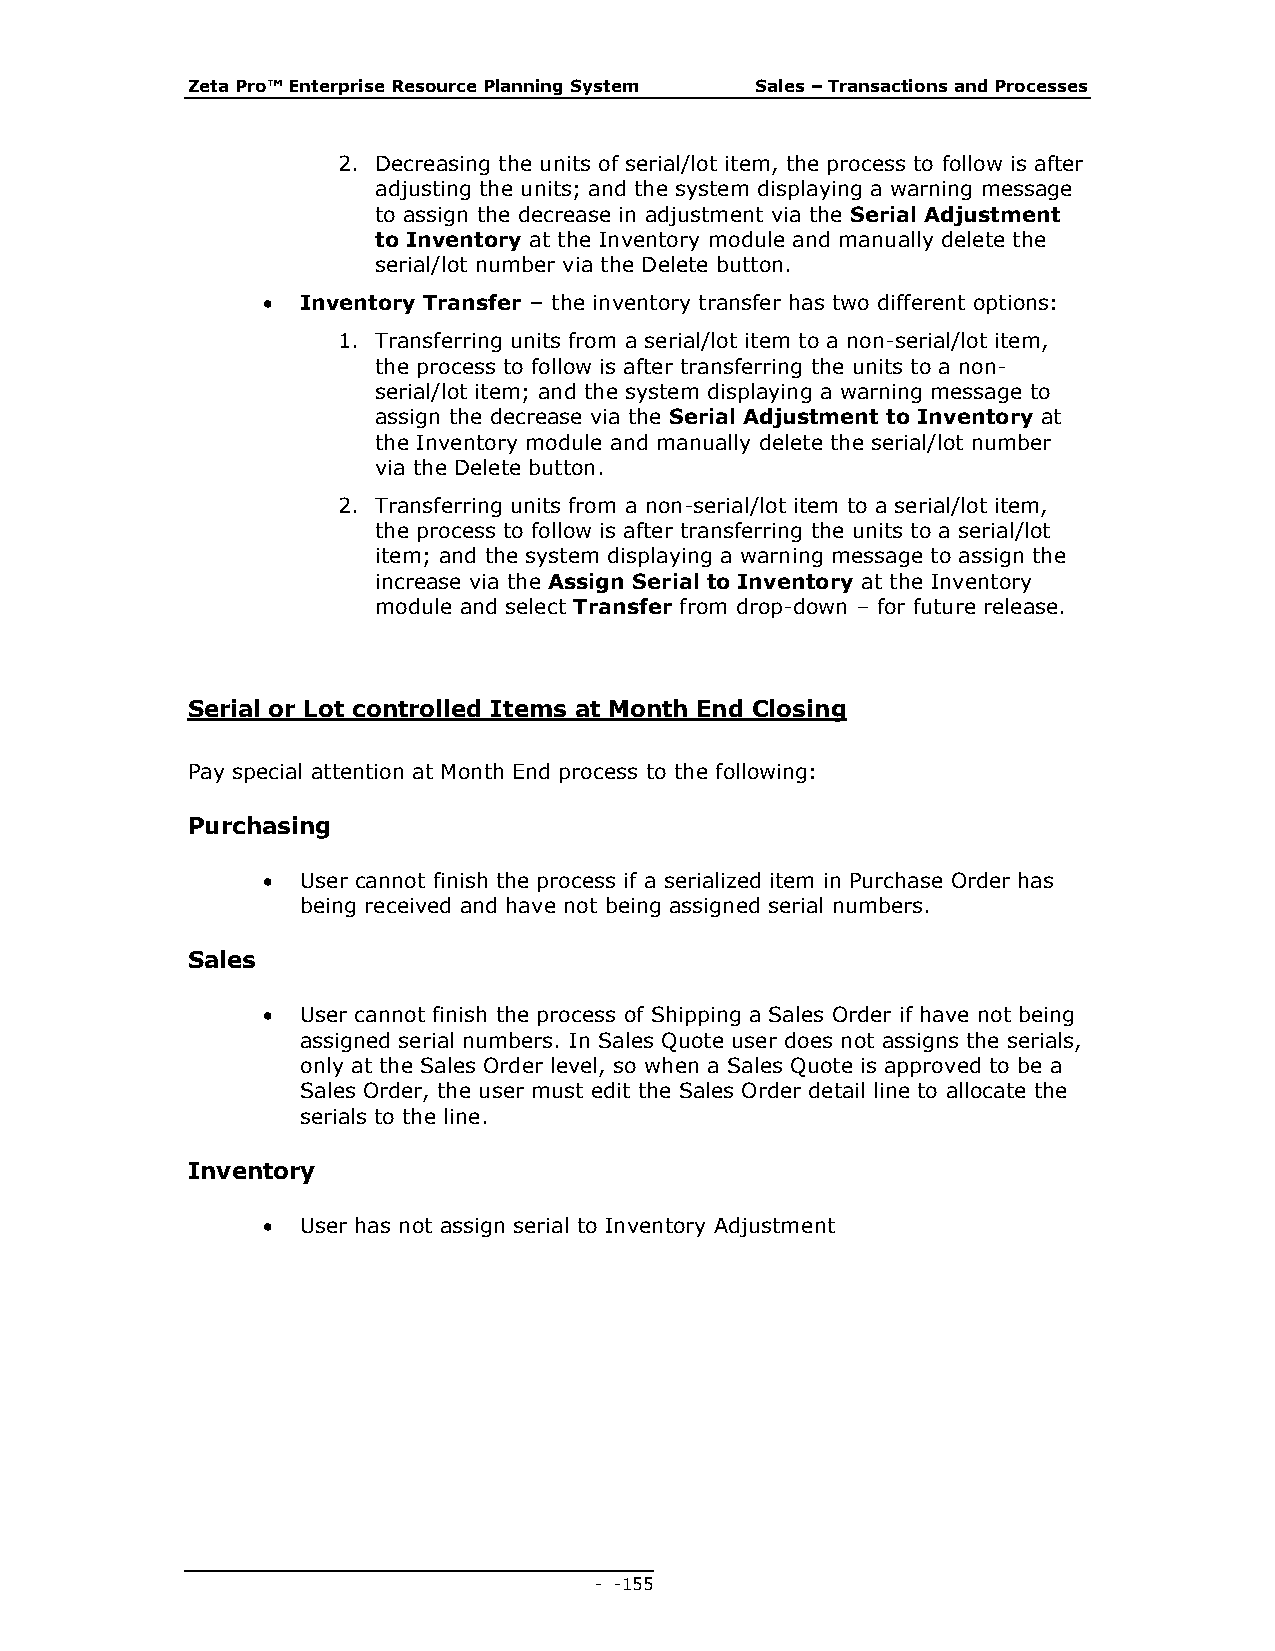
Zeta Pro™ Enterprise Resource Planning System Sales – Transactions and Processes
 2. Decreasing the units of serial/lot item, the process to follow is after
 adjusting the units; and the system displaying a warning message
 to assign the decrease in adjustment via the Serial Adjustment
 to Inventory at the Inventory module and manually delete the
 serial/lot number via the Delete button.
   Inventory Transfer – the inventory transfer has two different options:
 1. Transferring units from a serial/lot item to a non-serial/lot item,
 the process to follow is after transferring the units to a non-
 serial/lot item; and the system displaying a warning message to
 assign the decrease via the Serial Adjustment to Inventory at
 the Inventory module and manually delete the serial/lot number
 via the Delete button.
 2. Transferring units from a non-serial/lot item to a serial/lot item,
 the process to follow is after transferring the units to a serial/lot
 item; and the system displaying a warning message to assign the
 increase via the Assign Serial to Inventory at the Inventory
 module and select Transfer from drop-down – for future release.
 Serial or Lot controlled Items at Month End Closing
 Pay special attention at Month End process to the following:
 Purchasing
   User cannot finish the process if a serialized item in Purchase Order has
 being received and have not being assigned serial numbers.
 Sales
   User cannot finish the process of Shipping a Sales Order if have not being
 assigned serial numbers. In Sales Quote user does not assigns the serials,
 only at the Sales Order level, so when a Sales Quote is approved to be a
 Sales Order, the user must edit the Sales Order detail line to allocate the
 serials to the line.
 Inventory
   User has not assign serial to Inventory Adjustment
 - - 155